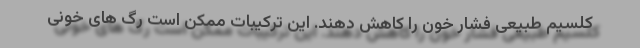
کلسیم طبیعی فشار خون را کاهش دهند. این ترکیبات ممکن است رگ های خونی